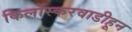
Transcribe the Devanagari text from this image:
किर्लोस्करवाडीहून